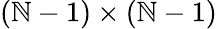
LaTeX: (\mathbb{N}-1)\times(\mathbb{N}-1)